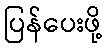
ပြန်ပေးဖို့